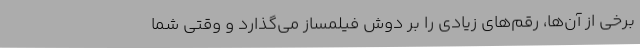
برخی از آن‌ها، رقم‌های زیادی را بر دوش فیلمساز می‌گذارد و وقتی شما